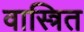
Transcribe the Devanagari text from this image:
वास्त्रित